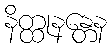
နိတ္ထုနန္တေန